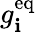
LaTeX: g_{\mathbf{i}}^{\mathrm{{{eq}}}}